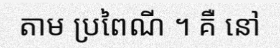
តាម ប្រពៃណី ។ គឺ នៅ